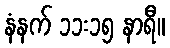
နံနက် ၁၁း၁၅ နာရီ။